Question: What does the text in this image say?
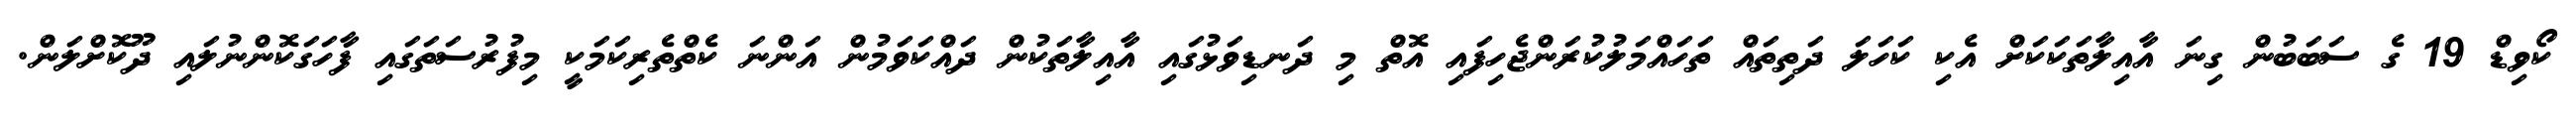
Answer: ކޯވިޑް 19 ގެ ސަބަބުން ގިނަ އާއިލާތަކަކަށް އެކި ކަހަލަ ދަތިތައް ތަހައްމަލުކުރަންޖެހިފައި އޮތް މި ދަނޑިވަޅުގައި އާއިލާތަކުން ދައްކަވަމުން އަންނަ ކެތްތެރިކަމަކީ މިފުރުސަތަގައި ފާހަގަކޮންނުލައި ދޫކޮށްލަން.